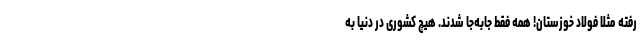
رفته مثلا فولاد خوزستان! همه فقط جابه‌جا شدند. هیچ کشوری در دنیا به